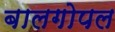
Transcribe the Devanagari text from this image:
बालगोपल